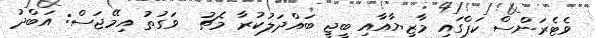
ވެޓެރަންސް ކަޕްގައި މާޒިޔާއާއި ބީޖީ ބައްދަލުކުރާ މެޗު  ވަގުތު އިމޭޖަސް: އަބްދު